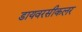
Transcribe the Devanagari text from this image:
डायवरसीकलर